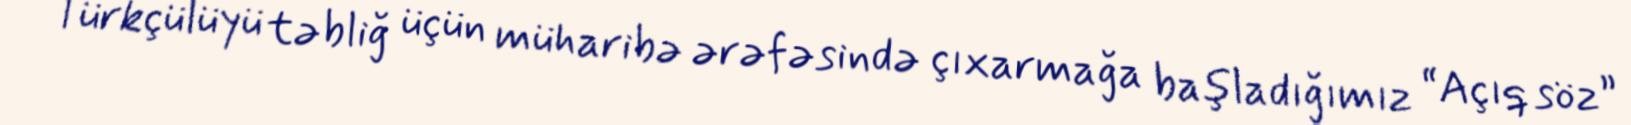
Türkçülüyü təbliğ üçün müharibə ərəfəsində çıxarmağa başladığımız “Açıq söz”